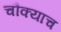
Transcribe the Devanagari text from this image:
चौक्याच